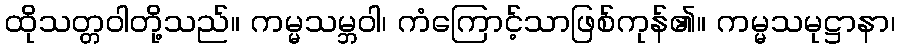
ထိုသတ္တဝါတို့သည်။ ကမ္မသမ္ဘဝါ၊ ကံကြောင့်သာဖြစ်ကုန်၏။ ကမ္မသမုဋ္ဌာနာ၊